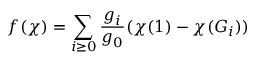
f ( \chi ) = \sum _ { i \geq 0 } { \frac { g _ { i } } { g _ { 0 } } } ( \chi ( 1 ) - \chi ( G _ { i } ) )